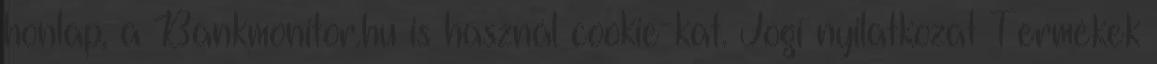
honlap, a Bankmonitor.hu is használ cookie-kat. Jogi nyilatkozat Termékek